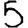
Digit: 5